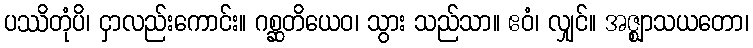
ပဿိတုံပိ၊ ငှာလည်းကောင်း။ ဂစ္ဆတိယေဝ၊ သွား သည်သာ။ ဧဝံ၊ လျှင်။ အဇ္ဈာသယတော၊